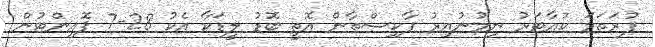
ފުރަތަމަ ކުއާޓަރު ނިމުނުއިރު ޕާކިސްތާން އޮތީ ބޮޑު ލީޑަކާ އެކު 28-7 ޕޮއިންޓުން